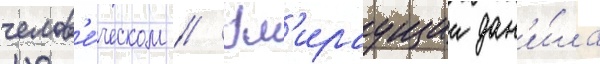
челов'е́ческом // Ум'ираущии дан'и́ла